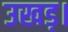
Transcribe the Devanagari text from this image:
उखड़।